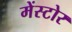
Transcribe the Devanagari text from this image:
मेंस्टोर